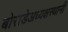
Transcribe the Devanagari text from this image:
बोराडेअध्यक्षस्थानी